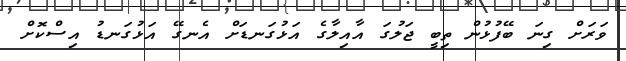
ވަރަށް ގިނަ ބޭފުޅުން ތިބީ ޖަލުގަ އާއިލާގެ އަޅުގަނޑަށް އެނގޭ އަޅުގަނޑު އިސްކޮށް